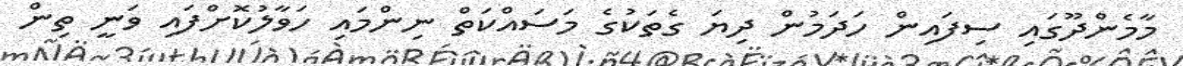
މާމެންދޫގައި ސިފައިން ހަދަމުން ދިޔަ ގެތަކުގެ މަސައްކަތް ނިންމައި ހަވާލުކޮށްފައި ވަނީ ތިން